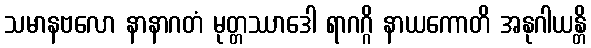
သမာနဗလော နာနာဂတံ မုတ္တဿာဒေါ ရာဂဂ္ဂိ နာယကောတိ အနုဂါယန္တိ